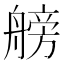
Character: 艕